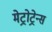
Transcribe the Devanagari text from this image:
मेट्रोट्रेन्स